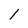
Character: 1